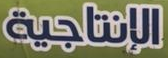
الإنتاجية